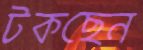
টকছেন